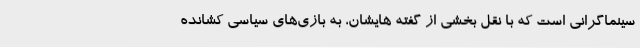
سينماگرانی است كه با نقل بخشی از گفته هايشان، به بازی‌های سياسی كشانده